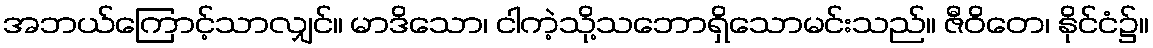
အဘယ်ကြောင့်သာလျှင်။ မာဒိသော၊ ငါကဲ့သို့သဘောရှိသောမင်းသည်။ ဇီဝိတေ၊ နိုင်ငံ၌။